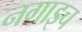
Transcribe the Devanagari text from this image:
नगाइच